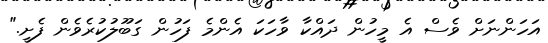
އަހަންނަށް ވެސް އެ މީހުން ދައްކާ ވާހަކަ އެންމެ ފަހުން ގަބޫލުކުރެވެން ފެށީ."